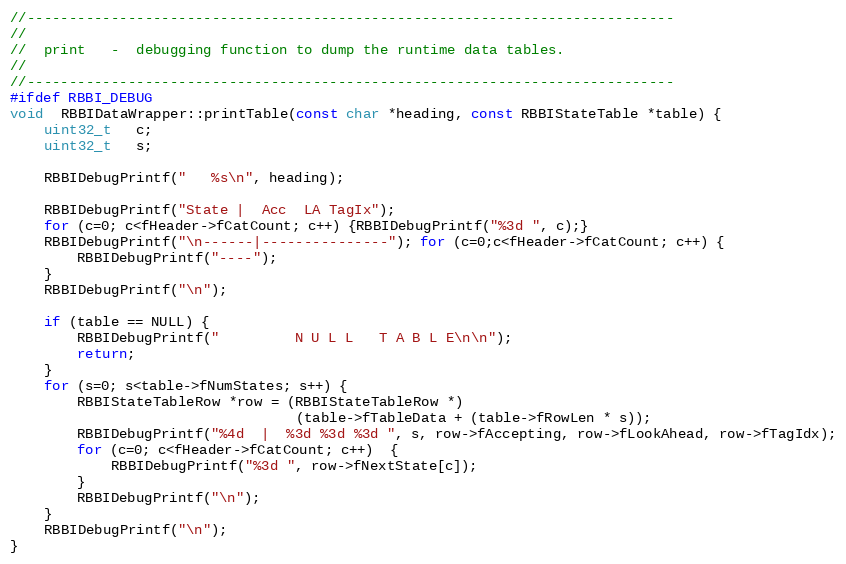
Language: C++
//-----------------------------------------------------------------------------
//
//  print   -  debugging function to dump the runtime data tables.
//
//-----------------------------------------------------------------------------
#ifdef RBBI_DEBUG
void  RBBIDataWrapper::printTable(const char *heading, const RBBIStateTable *table) {
    uint32_t   c;
    uint32_t   s;

    RBBIDebugPrintf("   %s\n", heading);

    RBBIDebugPrintf("State |  Acc  LA TagIx");
    for (c=0; c<fHeader->fCatCount; c++) {RBBIDebugPrintf("%3d ", c);}
    RBBIDebugPrintf("\n------|---------------"); for (c=0;c<fHeader->fCatCount; c++) {
        RBBIDebugPrintf("----");
    }
    RBBIDebugPrintf("\n");

    if (table == NULL) {
        RBBIDebugPrintf("         N U L L   T A B L E\n\n");
        return;
    }
    for (s=0; s<table->fNumStates; s++) {
        RBBIStateTableRow *row = (RBBIStateTableRow *)
                                  (table->fTableData + (table->fRowLen * s));
        RBBIDebugPrintf("%4d  |  %3d %3d %3d ", s, row->fAccepting, row->fLookAhead, row->fTagIdx);
        for (c=0; c<fHeader->fCatCount; c++)  {
            RBBIDebugPrintf("%3d ", row->fNextState[c]);
        }
        RBBIDebugPrintf("\n");
    }
    RBBIDebugPrintf("\n");
}